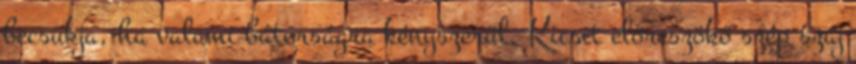
becsukja, ha valami bátorságra kényszerül. Kicsit előreszökő szép száj